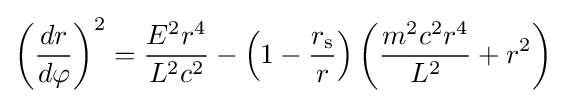
{\left({\frac {dr}{d\varphi }}\right)}^{2}={\frac {E^{2}r^{4}}{L^{2}c^{2}}}-\left(1-{\frac {r_{\text{s}}}{r}}\right)\left({\frac {m^{2}c^{2}r^{4}}{L^{2}}}+r^{2}\right)